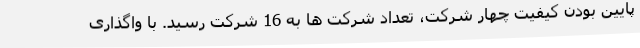
پایین بودن کیفیت چهار شرکت، تعداد شرکت ها به 16 شرکت رسید. با واگذاری